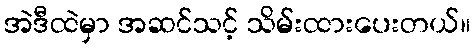
အဲဒီထဲမှာ အဆင်သင့် သိမ်းထားပေးတယ်။